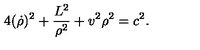
4 ( \dot { \rho } ) ^ { 2 } + \frac { L ^ { 2 } } { \rho ^ { 2 } } + v ^ { 2 } \rho ^ { 2 } = c ^ { 2 } .